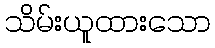
သိမ်းယူထားသော